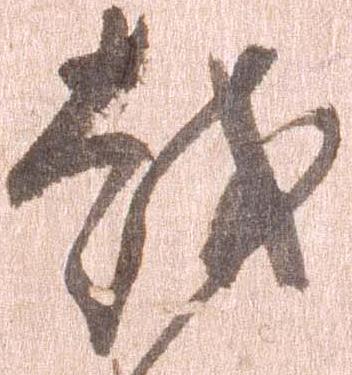
越